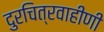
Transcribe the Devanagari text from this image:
दुरचित्रवाहीणी